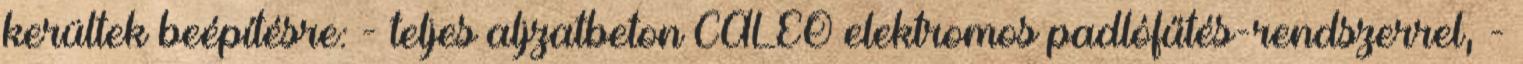
kerültek beépítésre: - teljes aljzatbeton CALEO elektromos padlófűtés-rendszerrel, -